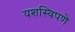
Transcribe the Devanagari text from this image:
यशस्विपणे